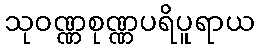
သုဝဏ္ဏစုဏ္ဏပရိပူရာယ